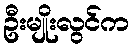
ဦးမျိုးလွင်က